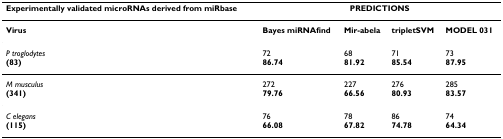
<table><thead><tr><td><b>Experimentally validated microRNAs derived from miRbase</b></td><td colspan="4"><b>PREDICTIONS</b></td></tr></thead><tbody><tr><td><b>Virus</b></td><td><b>Bayes miRNAfind</b></td><td><b>Mir-abela</b></td><td><b>tripletSVM</b></td><td><b>MODEL 031</b></td></tr><tr><td><i>P troglodytes</i><b>(83)</b></td><td>72<b>86.74</b></td><td>68<b>81.92</b></td><td>71<b>85.54</b></td><td>73<b>87.95</b></td></tr><tr><td><i>M musculus</i><b>(341)</b></td><td>272<b>79.76</b></td><td>227<b>66.56</b></td><td>276<b>80.93</b></td><td>285<b>83.57</b></td></tr><tr><td><i>C elegans</i><b>(115)</b></td><td>76<b>66.08</b></td><td>78<b>67.82</b></td><td>86<b>74.78</b></td><td>74<b>64.34</b></td></tr></tbody></table>